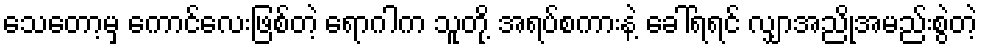
သေတော့မှ ကောင်လေးဖြစ်တဲ့ ရောဂါက သူတို့ အရပ်စကားနဲ့ ခေါ်ရရင် လျှာအညိုအမည်းစွဲတဲ့